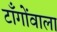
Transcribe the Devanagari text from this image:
टाँगोंवाला